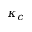
\kappa _ { c }